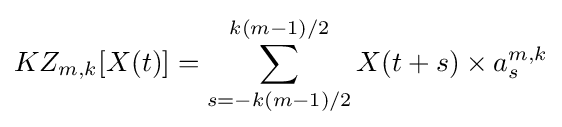
KZ_{m,k}[X(t)]=\sum _{s=-k(m-1)/2}^{k(m-1)/2}{X(t+s)\times {a_{s}^{m,k}}}